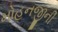
મોહનજીની